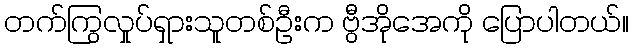
တက်ကြွလှုပ်ရှားသူတစ်ဦးက ဗွီအိုအေကို ပြောပါတယ်။